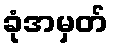
ခုံအမှတ်